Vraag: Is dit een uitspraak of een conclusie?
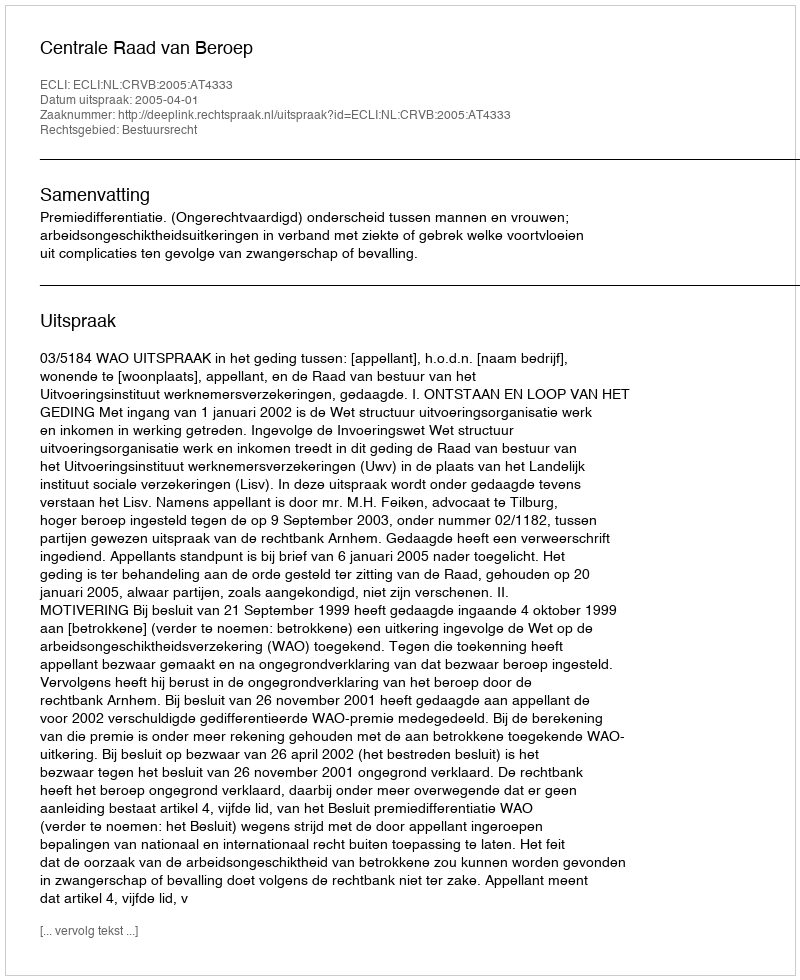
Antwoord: Uitspraak